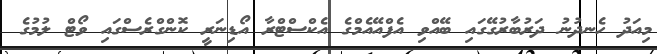
މިއަދު ހެނދުނު ދަރުބާރުގޭގައި ބޭއްވި އެފްއޭއެމްގެ އެކްސްޓްރާ އޯޑިނަރީ ކޮންގްރެސްގައި ވޯޓް ލުމުގެ